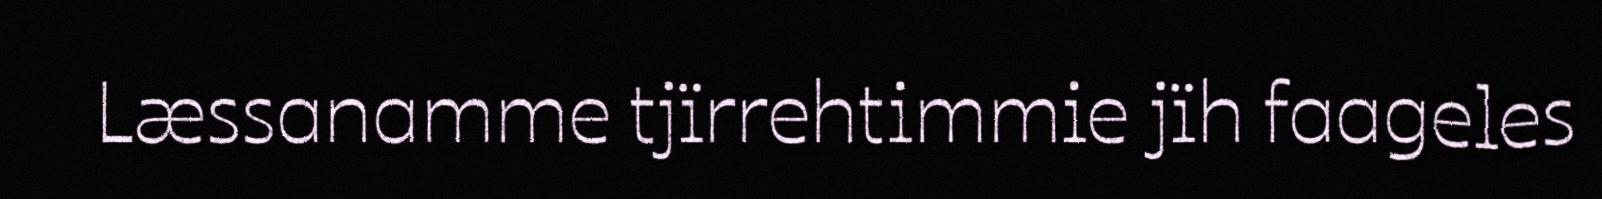
Læssanamme tjïrrehtimmie jïh faageles